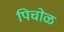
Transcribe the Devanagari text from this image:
पिचोळ